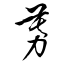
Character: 募